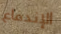
الإندفاع